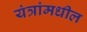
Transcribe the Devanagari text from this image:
यंत्रांमधील